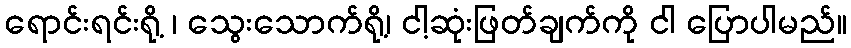
ရောင်းရင်းရို့ ၊ သွေးသောက်ရို့၊ ငါ့ဆုံးဖြတ်ချက်ကို ငါ ပြောပါမည်။